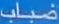
ضباب